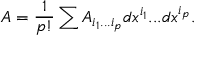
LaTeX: A = { \frac { 1 } { p ! } } \sum A _ { i _ { 1 } . . . i _ { p } } d x ^ { i _ { 1 } } . . . d x ^ { i _ { p } } .